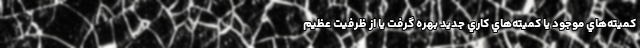
كميته‌هاي موجود يا كميته‌هاي كاري جديد بهره گرفت يا از ظرفيت عظيم